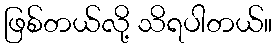
ဖြစ်တယ်လို့ သိရပါတယ်။